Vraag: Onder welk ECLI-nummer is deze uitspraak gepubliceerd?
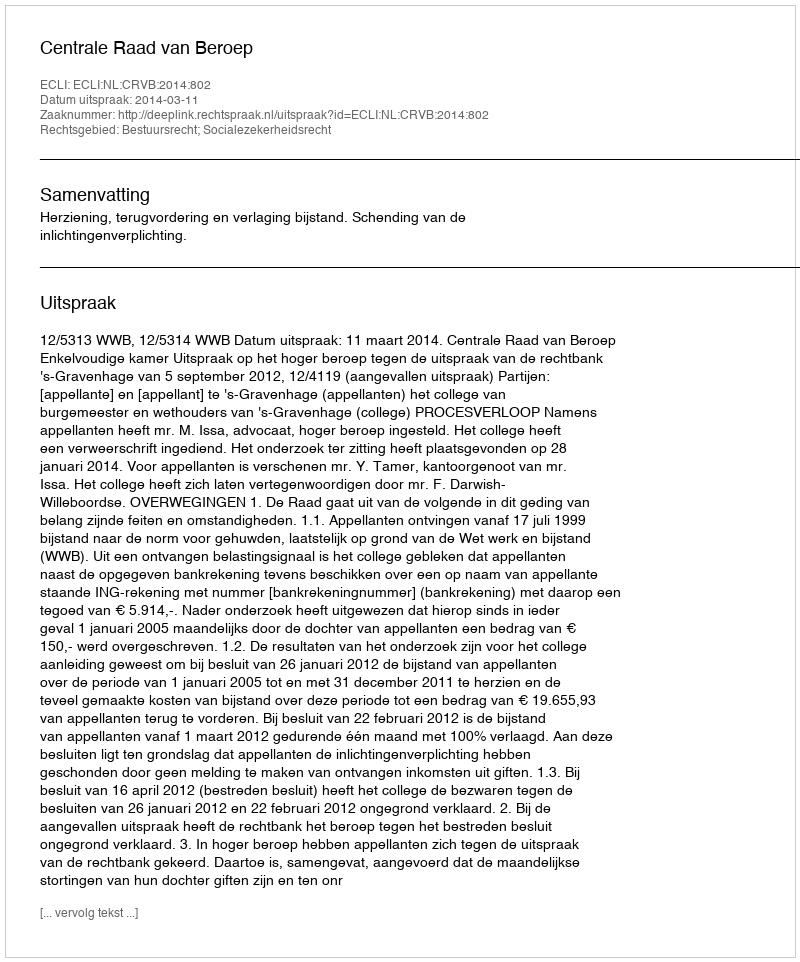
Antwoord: ECLI:NL:CRVB:2014:802